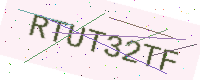
Text: RTUT32TF